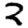
Digit: 2